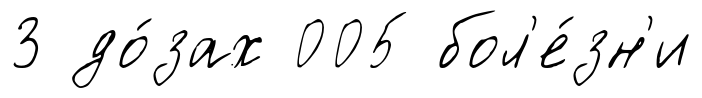
3 до́зах 005 бол'е́зн'и